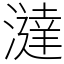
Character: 澾